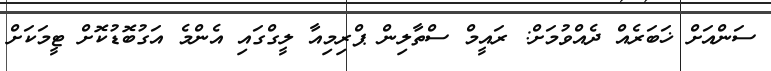
ސަންއަށް ޚަބަރެއް ދެއްވުމަށް: ރައީމް ސްތާލިން ޕްރިމިއާ ލީގްގައި އެންމެ އަގުބޮޑުކޮށް ޓީމަކަށް